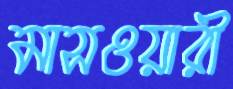
মাসওয়ারী